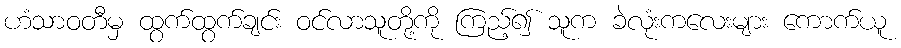
ဟံသာဝတီမှ ထွက်ထွက်ချင်း ဝင်လာသူတို့ကို ကြည့်၍ သူက ခဲလုံးကလေးများ ကောက်ယူ